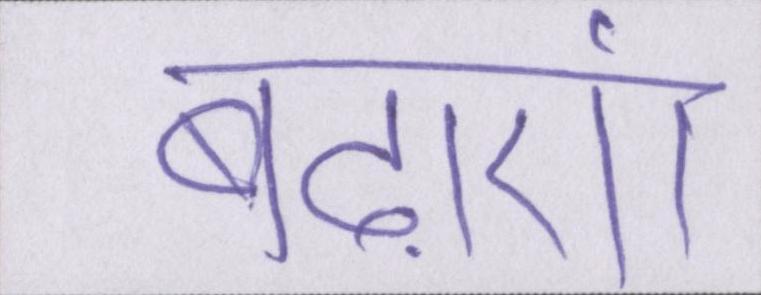
बढ़ाएं।